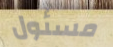
مسئول